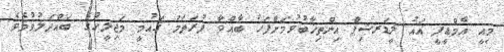
މިއީ އެމްޑީޕީ އައު ލީޑަރޝިޕް އިންތިޚާބުވުމަށްފަހު ބާއްވާ ފުރަތަމަ ޤައުމީ މަޖިލީހުގެ ބައްދަލުވުމެވެ.